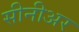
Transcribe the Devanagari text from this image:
सीनीअर